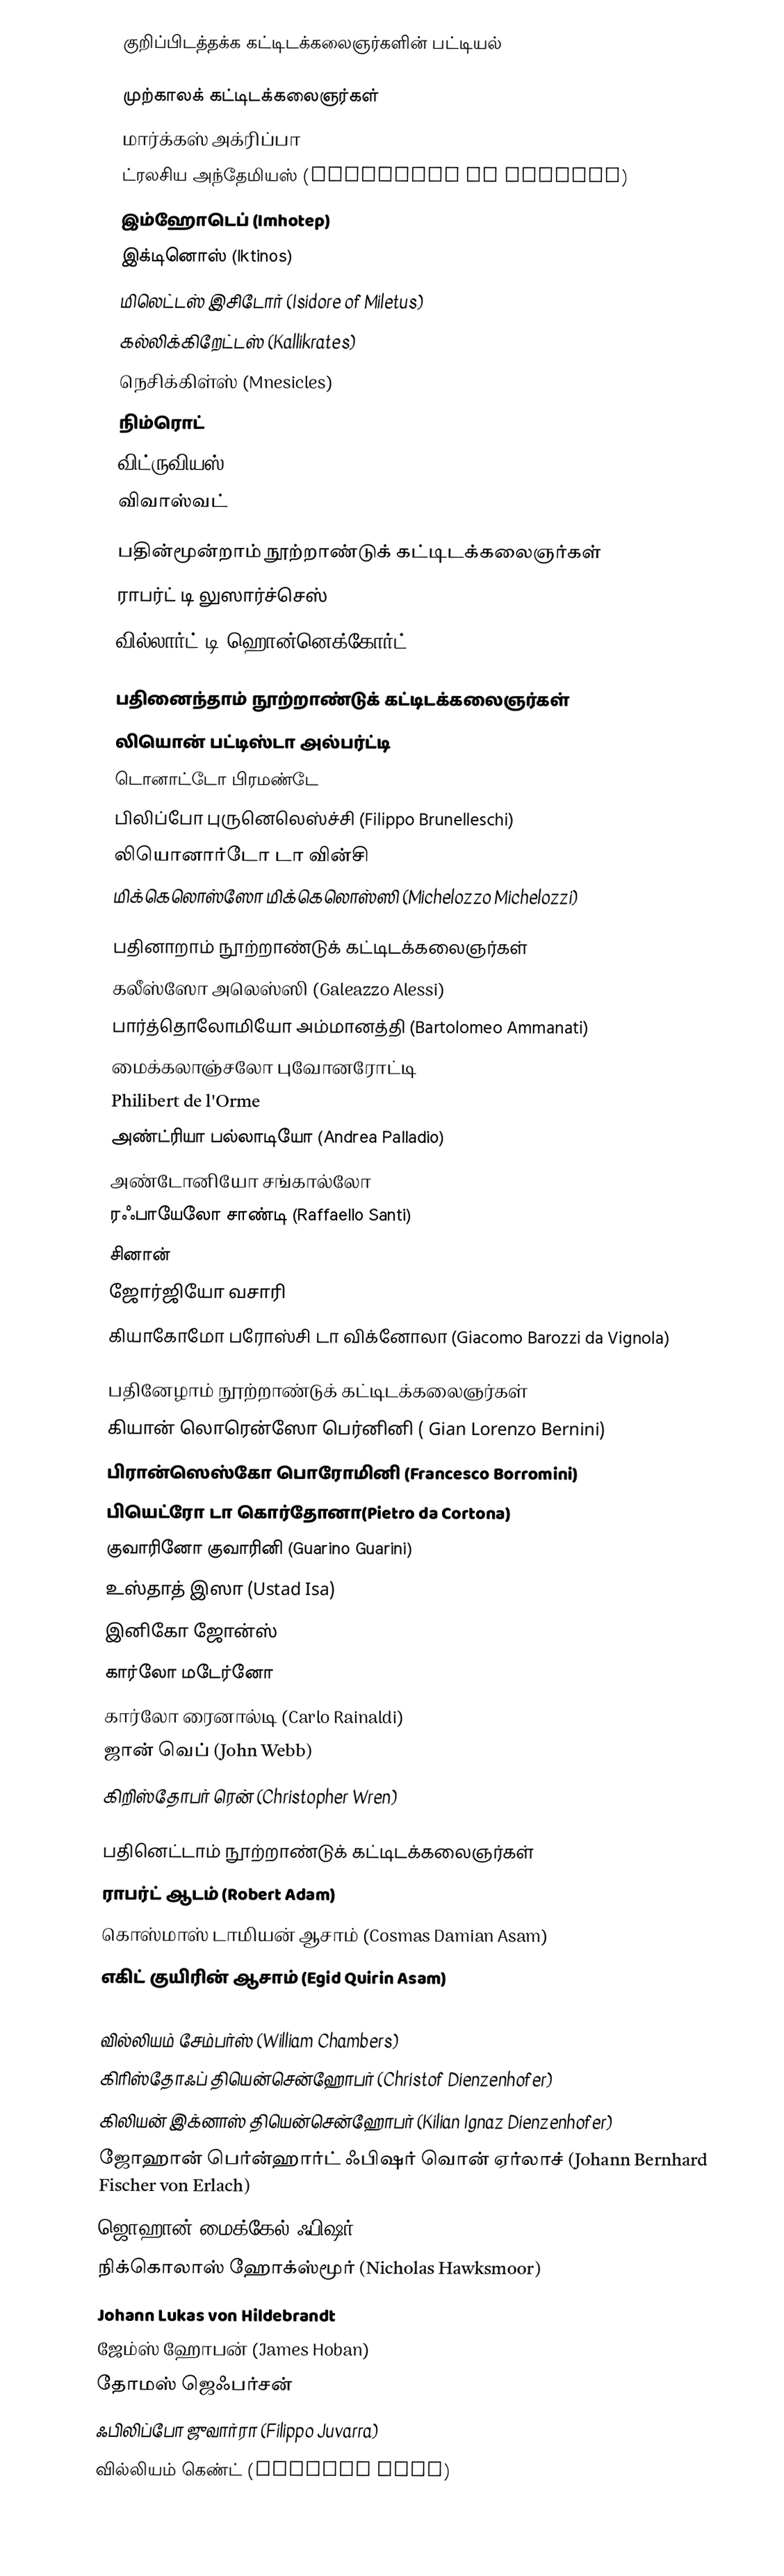
குறிப்பிடத்தக்க கட்டிடக்கலைஞர்களின் பட்டியல்

முற்காலக் கட்டிடக்கலைஞர்கள்
 மார்க்கஸ் அக்ரிப்பா
 ட்ரலசிய அந்தேமியஸ் (Anthemius of Tralles)
 இம்ஹோடெப் (Imhotep)
 இக்டினொஸ் (Iktinos)
 மிலெட்டஸ் இசிடோர் (Isidore of Miletus)
 கல்லிக்கிறேட்டஸ் (Kallikrates)
 நெசிக்கிள்ஸ் (Mnesicles)
 நிம்ரொட்
 விட்ருவியஸ்
 விவாஸ்வட்

பதின்மூன்றாம் நூற்றாண்டுக் கட்டிடக்கலைஞர்கள்
 ராபர்ட் டி லுஸார்ச்செஸ்
 வில்லார்ட் டி ஹொன்னெக்கோர்ட்

பதினைந்தாம் நூற்றாண்டுக் கட்டிடக்கலைஞர்கள்
 லியொன் பட்டிஸ்டா அல்பர்ட்டி
 டொனாட்டோ பிரமண்டே
 பிலிப்போ புருனெலெஸ்ச்சி (Filippo Brunelleschi)
 லியொனார்டோ டா வின்சி
 மிக்கெலொஸ்ஸோ மிக்கெலொஸ்ஸி (Michelozzo Michelozzi)

பதினாறாம் நூற்றாண்டுக் கட்டிடக்கலைஞர்கள்
 கலீஸ்ஸோ அலெஸ்ஸி (Galeazzo Alessi)
 பார்த்தொலோமியோ அம்மானத்தி (Bartolomeo Ammanati)
 மைக்கலாஞ்சலோ புவோனரோட்டி
 Philibert de l'Orme
 அண்ட்ரியா பல்லாடியோ (Andrea Palladio)
 அண்டோனியோ சங்கால்லோ
 ரஃபாயேலோ சாண்டி (Raffaello Santi)
 சினான்
 ஜோர்ஜியோ வசாரி
 கியாகோமோ பரோஸ்சி டா விக்னோலா (Giacomo Barozzi da Vignola)

பதினேழாம் நூற்றாண்டுக் கட்டிடக்கலைஞர்கள்
 கியான் லொரென்ஸோ பெர்னினி ( Gian Lorenzo Bernini)
 பிரான்ஸெஸ்கோ பொரோமினி (Francesco Borromini)
 பியெட்ரோ டா கொர்தோனா(Pietro da Cortona)
 குவாரினோ குவாரினி (Guarino Guarini)
 உஸ்தாத் இஸா (Ustad Isa)
 இனிகோ ஜோன்ஸ்
 கார்லோ மடேர்னோ
 கார்லோ ரைனால்டி (Carlo Rainaldi)
 ஜான் வெப் (John Webb)
 கிறிஸ்தோபர் ரென் (Christopher Wren)

பதினெட்டாம் நூற்றாண்டுக் கட்டிடக்கலைஞர்கள்
 ராபர்ட் ஆடம் (Robert Adam)
 கொஸ்மாஸ் டாமியன் ஆசாம் (Cosmas Damian Asam)
 எகிட் குயிரின் ஆசாம் (Egid Quirin Asam)
 Étienne-Louis Boullée
 வில்லியம் சேம்பர்ஸ் (William Chambers)
 கிரிஸ்தோஃப் தியென்சென்ஹோபர் (Christof Dienzenhofer)
 கிலியன் இக்னாஸ் தியென்சென்ஹோபர் (Kilian Ignaz Dienzenhofer)
 ஜோஹான் பெர்ன்ஹார்ட் ஃபிஷர் வொன் ஏர்லாச் (Johann Bernhard Fischer von Erlach)
 ஜொஹான் மைக்கேல் ஃபிஷர் (Johann Michael Fischer)
 நிக்கொலாஸ் ஹோக்ஸ்மூர் (Nicholas Hawksmoor)
 Johann Lukas von Hildebrandt
 ஜேம்ஸ் ஹோபன் (James Hoban)
 தோமஸ் ஜெஃபர்சன்
 ஃபிலிப்போ ஜுவார்ரா (Filippo Juvarra)
 வில்லியம் கெண்ட் (William Kent)